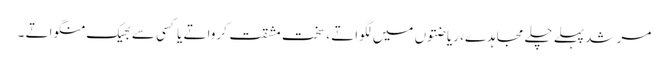
مرشد پہلے چلے مجاہدے، ریاضتوں میں لگواتے ، سخت مشقت کرواتے یا کسی سے بھیک منگواتے ۔